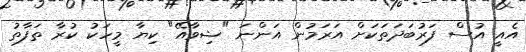
އެއީ އުސް ފަރުބަދަތަކަށް އަރަމުން އަންނަ "ޝިވާއޭ" ކިޔާ މީހަކު ކުރާ ތަފާތު